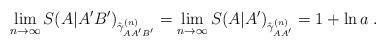
LaTeX: \begin{align*}\lim_{n\to\infty}S(A|A'B')_{\hat{\gamma}_{AA'B'}^{(n)}} = \lim_{n\to\infty}S(A|A')_{\hat{\gamma}_{AA'}^{(n)}} = 1 + \ln a\;.\end{align*}